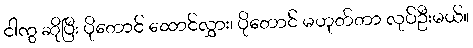
ငါကွ ဆိုပြီး ပိုတောင် ထောင်လွှား၊ ပိုတောင် မဟုတ်တာ လုပ်ဦးမယ်။